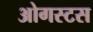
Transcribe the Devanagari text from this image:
ओगस्टस